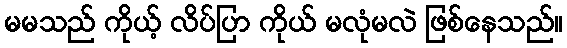
မမသည် ကိုယ့် လိပ်ပြာ ကိုယ် မလုံမလဲ ဖြစ်နေသည်။